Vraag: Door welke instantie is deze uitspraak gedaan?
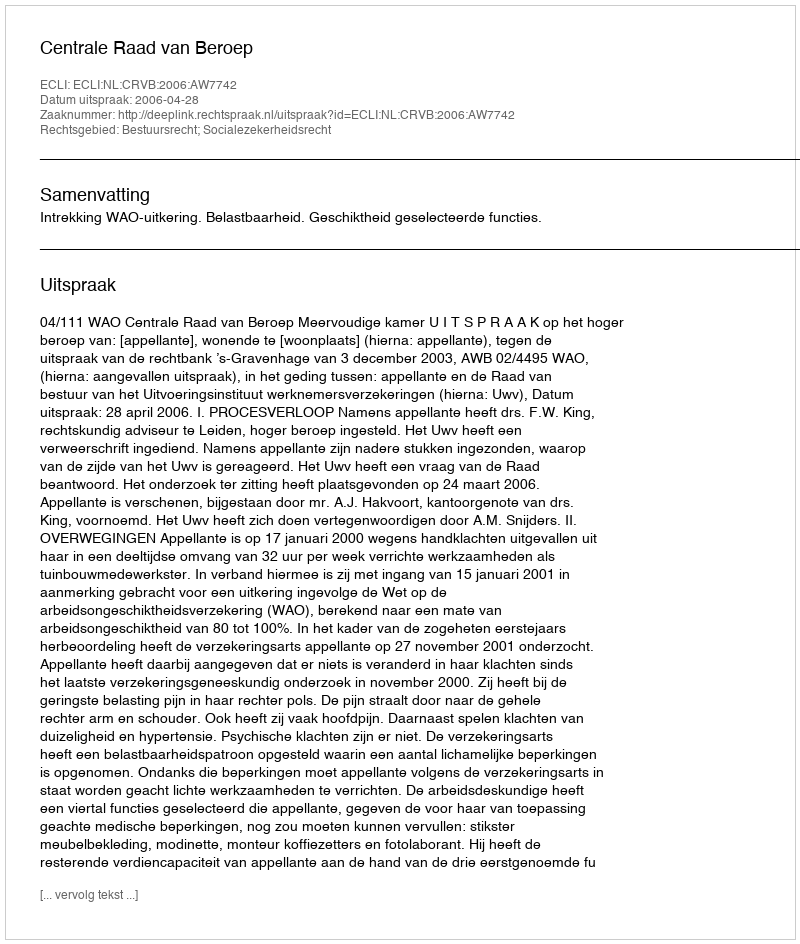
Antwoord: Centrale Raad van Beroep